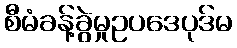
စီမံခန့်ခွဲမှုဥပဒေပုဒ်မ